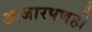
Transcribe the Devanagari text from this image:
आजारपणही